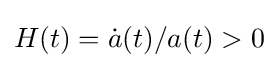
H(t)={\dot {a}}(t)/a(t)>0